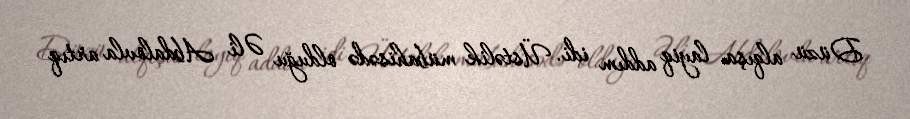
Düzü alqışa layiq addım idi. Üstəlik mübahisədə olduğu Əli Abdalovla artıq